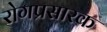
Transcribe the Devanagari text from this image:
रोगप्रसारक